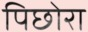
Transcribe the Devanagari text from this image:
पिछोरा